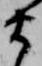
ま